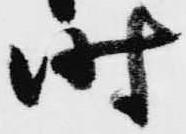
時